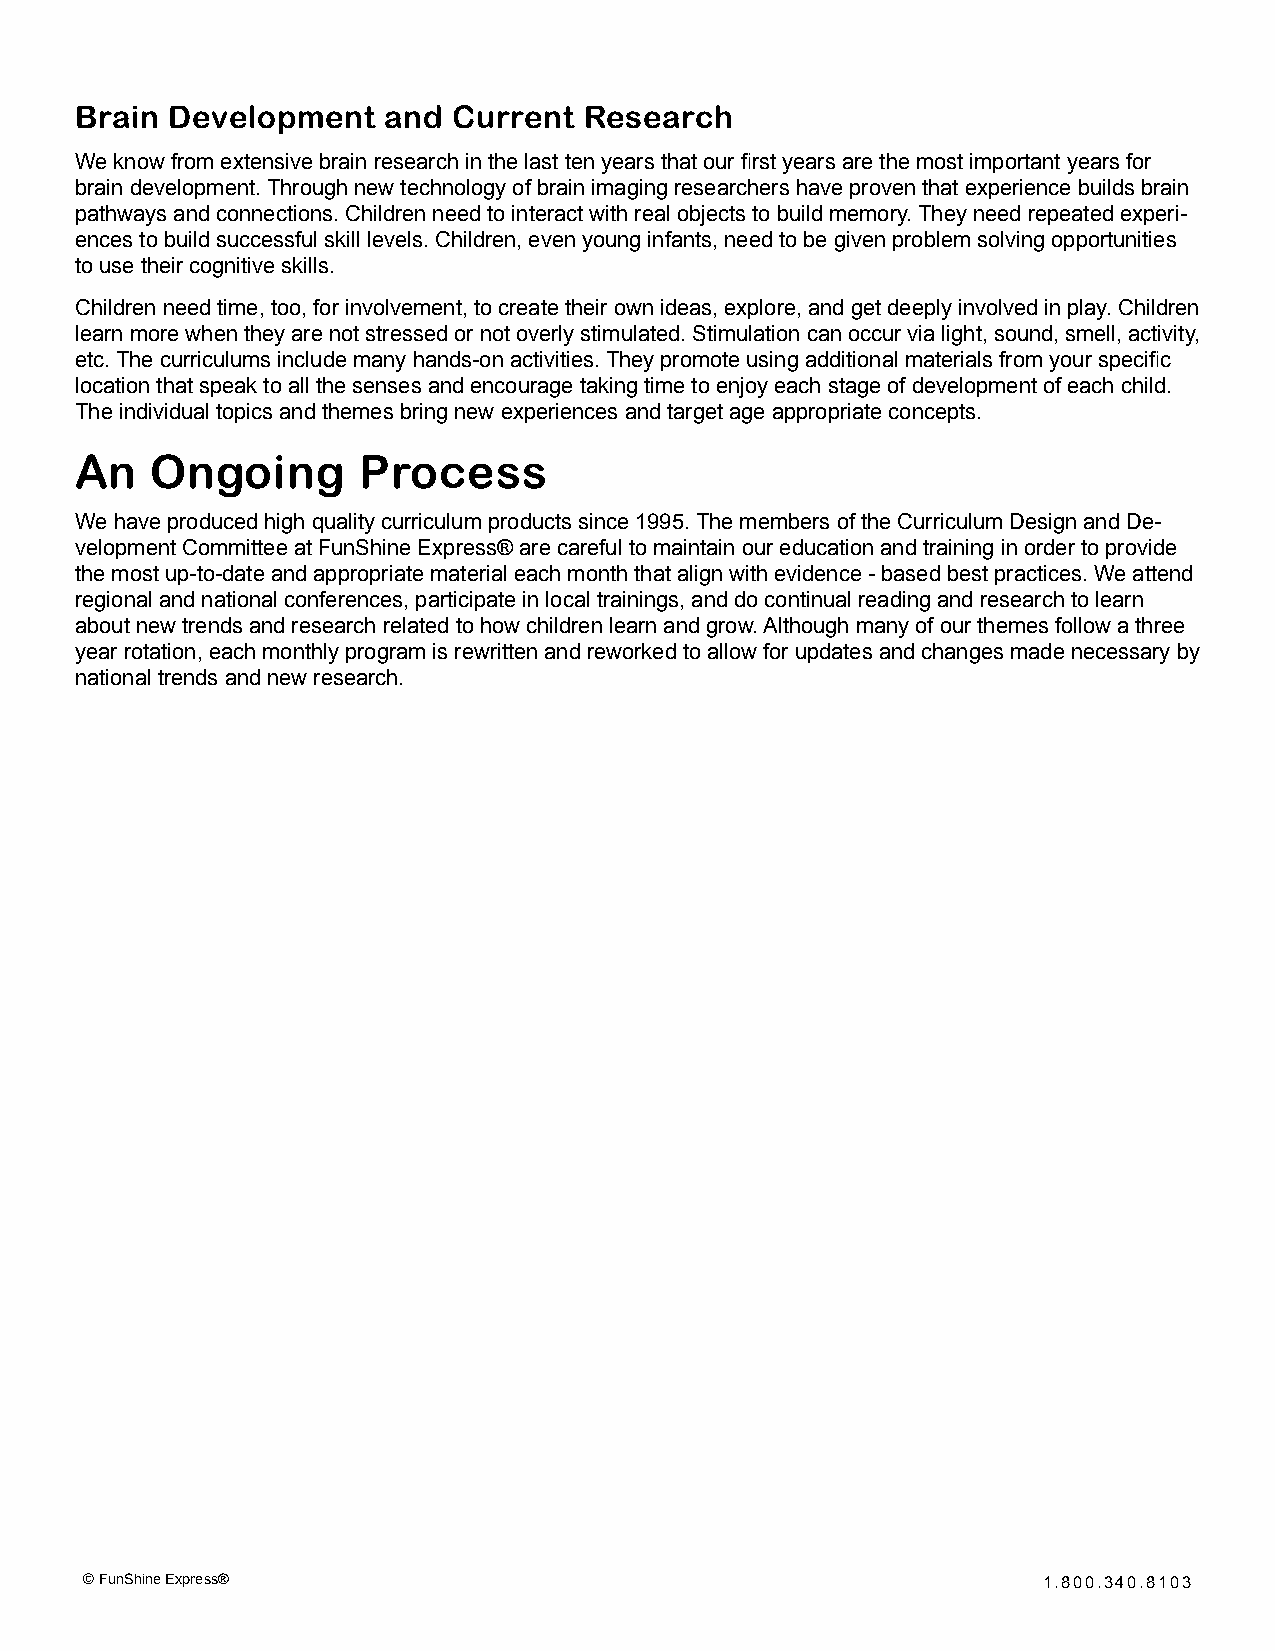
Brain Development   and  Current  Research
 We know from extensive brain research in the last ten years that our first years are the most important years for
 brain development. Through new technology of brain imaging researchers have proven that experience builds brain
 pathways and connections. Children need to interact with real objects to build memory. They need repeated experi-
 ences to build successful skill levels. Children, even young infants, need to be given problem solving opportunities
 to use their cognitive skills.
 Children need time, too, for involvement, to create their own ideas, explore, and get deeply involved in play. Children
 learn more when they are not stressed or not overly stimulated. Stimulation can occur via light, sound, smell, activity,
 etc. The curriculums include many hands-on activities. They promote using additional materials from your specific
 location that speak to all the senses and encourage taking time to enjoy each stage of development of each child.
 The individual topics and themes bring new experiences and target age appropriate concepts.
 An   Ongoing       Process
 We have produced high quality curriculum products since 1995. The members of the Curriculum Design and De-
 velopment Committee at FunShine Express® are careful to maintain our education and training in order to provide
 the most up-to-date and appropriate material each month that align with evidence - based best practices. We attend
 regional and national conferences, participate in local trainings, and do continual reading and research to learn
 about new trends and research related to how children learn and grow. Although many of our themes follow a three
 year rotation, each monthly program is rewritten and reworked to allow for updates and changes made necessary by
 national trends and new research.
 © FunShine Express®                                            1.800.340.8103